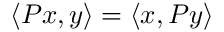
\langle P x , y \rangle = \langle x , P y \rangle